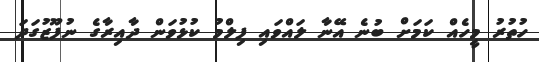
ހުތުރު މީހެއް ކަމަށް ބުނެ އޭނާ ލައްވައި ފިލްމު ކުޅުވަން ދާއިރާގެ ނުފޫޒުގަދަ